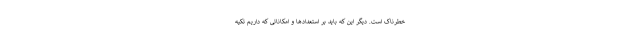
خطرناک است. دیگر این که باید بر استعدادها و امکاناتی که داریم تکیه